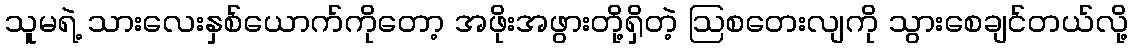
သူမရဲ့ သားလေးနှစ်ယောက်ကိုတော့ အဖိုးအဖွားတို့ရှိတဲ့ ဩစတေးလျကို သွားစေချင်တယ်လို့